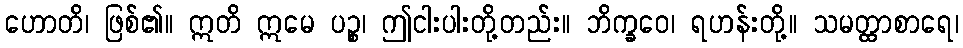
ဟောတိ၊ ဖြစ်၏။ ဣတိ ဣမေ ပဉ္စ၊ ဤငါးပါးတို့တည်း။ ဘိက္ခဝေ၊ ရဟန်းတို့။ သမတ္ထာစာရေ၊